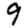
Digit: 9